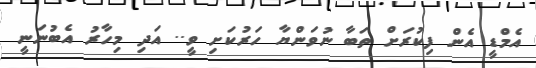
އެމްޑީ އެން ފިކުރަށް ތަބާ ނުވަންޔާ ހަރުކަށި ވީ.. އަދި މިހާރު އެބުނަނީ